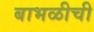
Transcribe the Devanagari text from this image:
बाभळीची